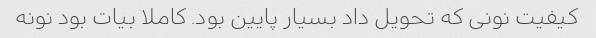
کیفیت نونی که تحویل داد بسیار پایین بود. کاملا بیات بود نونه